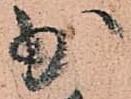
少